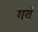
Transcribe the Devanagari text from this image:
गतं